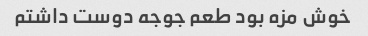
خوش مزه بود طعم جوجه دوست داشتم